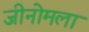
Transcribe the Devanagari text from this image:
जीनोमला